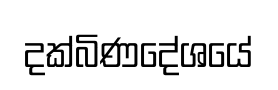
දක්බිණදේශයේ